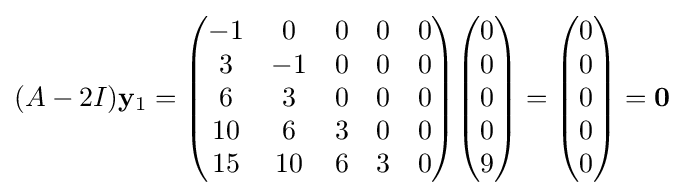
(A-2I)\mathbf {y} _{1}={\begin{pmatrix}-1&0&0&0&0\\3&-1&0&0&0\\6&3&0&0&0\\10&6&3&0&0\\15&10&6&3&0\end{pmatrix}}{\begin{pmatrix}0\\0\\0\\0\\9\end{pmatrix}}={\begin{pmatrix}0\\0\\0\\0\\0\end{pmatrix}}=\mathbf {0}